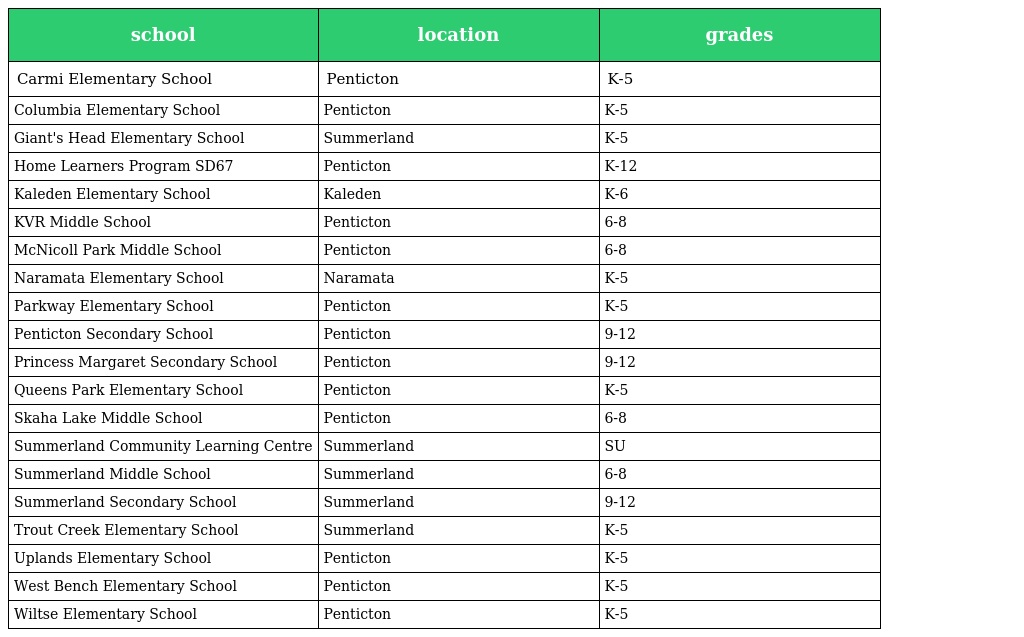
| school | location | grades |
 | --- | --- | --- |
 | Carmi Elementary School | Penticton | K-5 |
 | Columbia Elementary School | Penticton | K-5 |
 | Giant's Head Elementary School | Summerland | K-5 |
 | Home Learners Program SD67 | Penticton | K-12 |
 | Kaleden Elementary School | Kaleden | K-6 |
 | KVR Middle School | Penticton | 6-8 |
 | McNicoll Park Middle School | Penticton | 6-8 |
 | Naramata Elementary School | Naramata | K-5 |
 | Parkway Elementary School | Penticton | K-5 |
 | Penticton Secondary School | Penticton | 9-12 |
 | Princess Margaret Secondary School | Penticton | 9-12 |
 | Queens Park Elementary School | Penticton | K-5 |
 | Skaha Lake Middle School | Penticton | 6-8 |
 | Summerland Community Learning Centre | Summerland | SU |
 | Summerland Middle School | Summerland | 6-8 |
 | Summerland Secondary School | Summerland | 9-12 |
 | Trout Creek Elementary School | Summerland | K-5 |
 | Uplands Elementary School | Penticton | K-5 |
 | West Bench Elementary School | Penticton | K-5 |
 | Wiltse Elementary School | Penticton | K-5 |